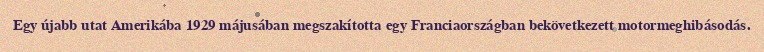
Egy újabb utat Amerikába 1929 májusában megszakította egy Franciaországban bekövetkezett motormeghibásodás.